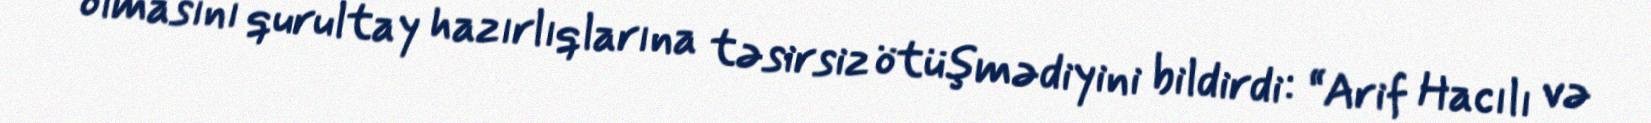
olmasını qurultay hazırlıqlarına təsirsiz ötüşmədiyini bildirdi: “Arif Hacılı və